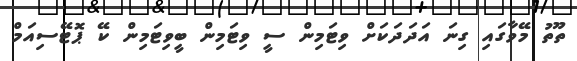
ތޫތު މޭވާގައި ގިނަ އަދަދަކަށް ވިޓަމިން ސީ ވިޓަމިން ބީވިޓަމިން ކޭ ޕޮޓޭސިއަމް